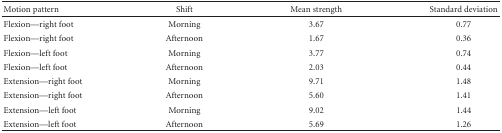
| Motion pattern | Shift | Mean strength | Standard deviation |
 | --- | --- | --- | --- |
 | Flexion—right foot | Morning | 3.67 | 0.77 |
 | Flexion—right foot | Afternoon | 1.67 | 0.36 |
 | Flexion—left foot | Morning | 3.77 | 0.74 |
 | Flexion—left foot | Afternoon | 2.03 | 0.44 |
 | Extension—right foot | Morning | 9.71 | 1.48 |
 | Extension—right foot | Afternoon | 5.60 | 1.41 |
 | Extension—left foot | Morning | 9.02 | 1.44 |
 | Extension—left foot | Afternoon | 5.69 | 1.26 |